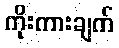
ကိုးကားချက်